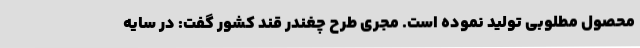
محصول مطلوبی تولید نموده است. مجری طرح چغندر قند کشور گفت: در سایه